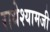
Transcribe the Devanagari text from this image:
राधेश्यामजी